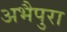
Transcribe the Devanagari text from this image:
अभैपुरा